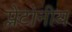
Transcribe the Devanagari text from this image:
प्लेटोनीय